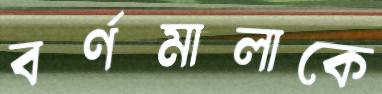
বর্ণমালাকে